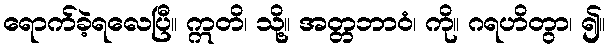
ရောက်ခဲ့ရလေပြီ။ ဣတိ၊ သို့။ အတ္တဘာဝံ၊ ကို။ ဂရဟိတွာ၊ ၍။